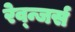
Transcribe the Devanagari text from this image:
रेव्न्जर्स